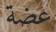
عضة